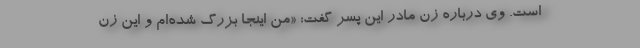
است. وی درباره زن مادر این پسر گفت: «من اینجا بزرگ شده‌ام و این زن